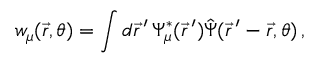
w _ { \mu } ( \vec { r } , \theta ) = \int d \vec { r } \, ^ { \prime } \, \Psi _ { \mu } ^ { * } ( \vec { r } \, ^ { \prime } ) \hat { \Psi } ( \vec { r } \, ^ { \prime } - \vec { r } , \theta ) \, ,